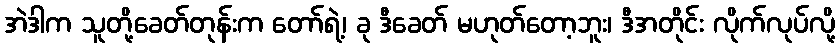
အဲဒါက သူတို့ခေတ်တုန်းက တော်ရဲ့၊ ခု ဒီခေတ် မဟုတ်တော့ဘူး၊ ဒီအတိုင်း လိုက်လုပ်လို့